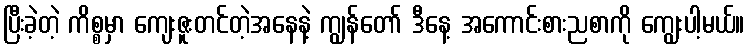
ပြီးခဲ့တဲ့ ကိစ္စမှာ ကျေးဇူးတင်တဲ့အနေနဲ့ ကျွန်တော် ဒီနေ့ အကောင်းစားညစာကို ကျွေးပါ့မယ်။